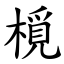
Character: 㯒